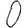
Digit: 0